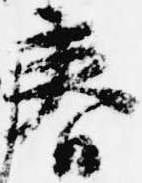
春